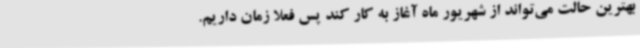
بهترین حالت می‌تواند از شهریور ماه آغاز به کار کند پس فعلا زمان داریم.